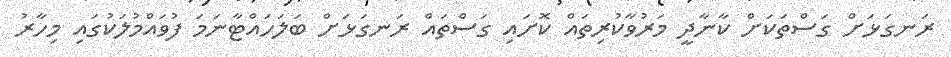
ރަނގަޅަށް ގަސްތަކަށް ކާނާދީ މަރުވާކުރިތައް ކޮށައި ގަސްތައް ރަނގަޅަށް ބަލަހައްޓާނަމަ ފުވައްމުލަކުގައި މިހާރު